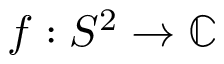
f : S ^ { 2 } \to \mathbb { C }